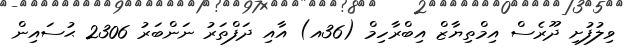
ވިލުފުށި ދޫރެސް އިމްތިޔާޒް އިބްރާހިމް (36އ) އާއި ދަފްތަރު ނަންބަރު 2306 ޙުސައިން